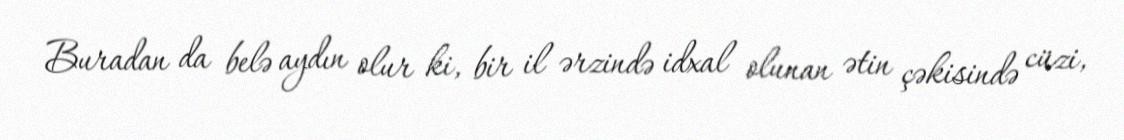
Buradan da belə aydın olur ki, bir il ərzində idxal olunan ətin çəkisində cüzi,